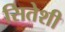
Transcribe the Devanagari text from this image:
सितेशी